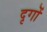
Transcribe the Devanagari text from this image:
दृगों